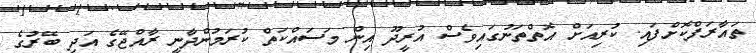
ތައާރަފްކޮށްފައި. ކުރިއަށް އޮތްތަނުގައިވެސް އުރީދޫ އިން މަސައްކަތް ކުރަމުންދާނީ ރާއްޖޭގެ އަދި ބޭރުގެ